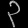
Digit: ၃